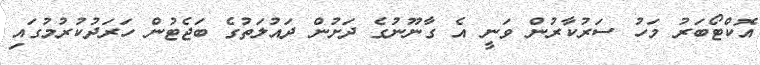
އޮކްޓޯބަރު މަހު ސަރުކާރުން ވަނީ އެ ގާނޫނުގެ ދަށުން ދައުލަތުގެ ބަޖެޓުން ހަރަދުކުރުމުގައި